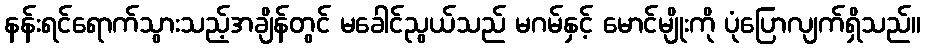
နန်းရင်ရောက်သွားသည့်အချိန်တွင် မခေါင်ညွယ်သည် မဂမ်နှင့် မောင်မျိုးကို ပုံပြောလျက်ရှိသည်။